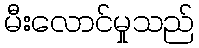
မီးလောင်မှုသည်